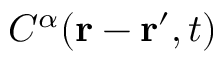
C ^ { \alpha } ( \mathbf { r } - \mathbf { r ^ { \prime } } , t )